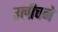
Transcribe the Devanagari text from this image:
उलीचने